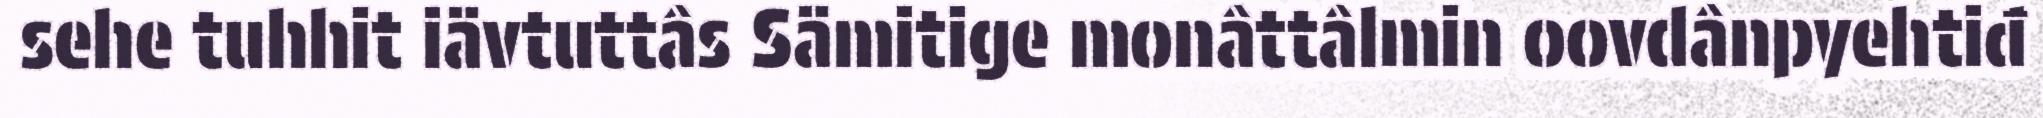
sehe tuhhit iävtuttâs Sämitige monâttâlmin oovdânpyehtiđ